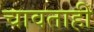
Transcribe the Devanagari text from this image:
चावताही